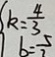
k = \frac { 4 } { 3 }